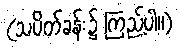
(သပိတ်ခန်း၌ ကြည့်ပါ။)